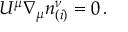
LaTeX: U ^ { \mu } { \nabla } _ { \mu } n _ { ( i ) } ^ { \nu } = 0 \, .